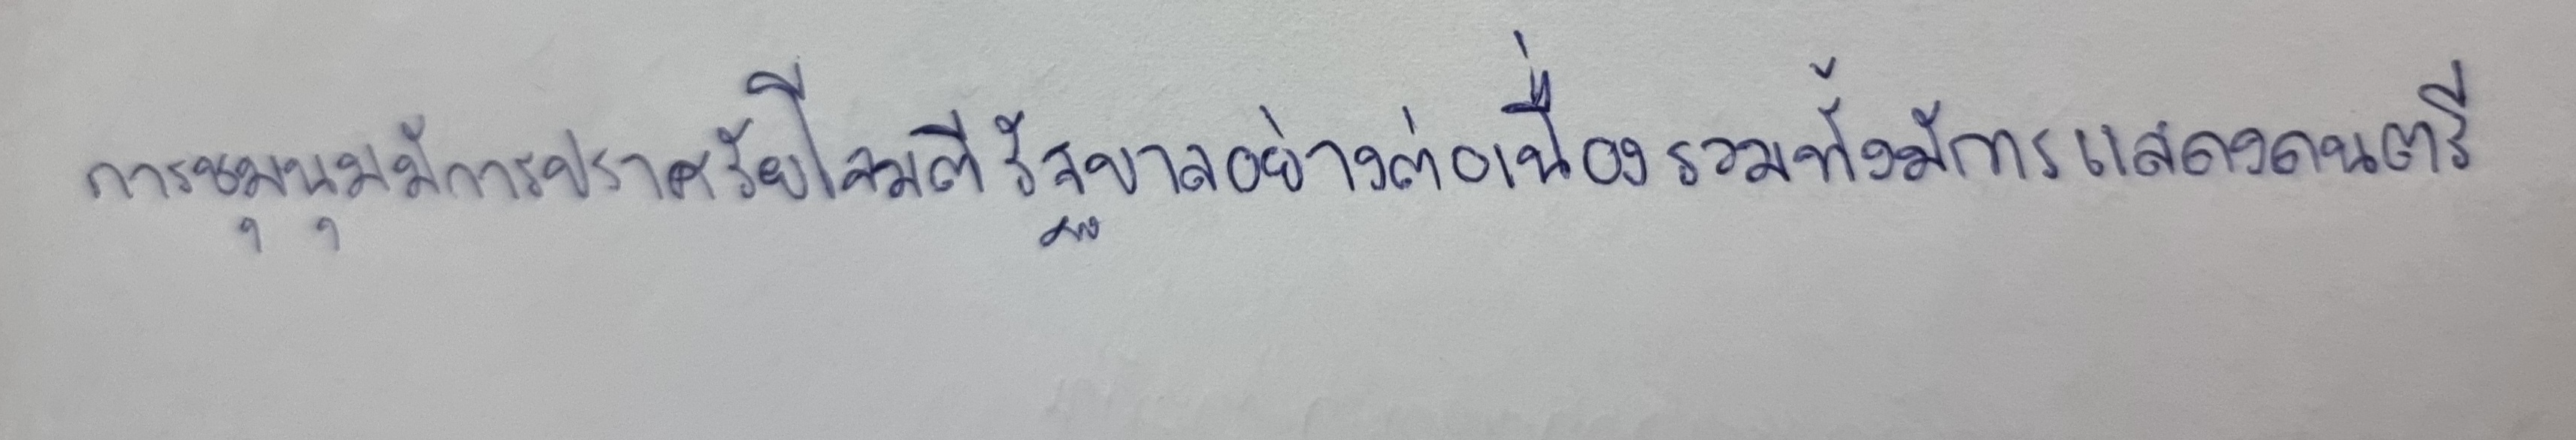
การชุมนุมมีการปราศรัยโจมตีรัฐบาลอย่างต่อเนื่องรวมทั้งมีการแสดงดนตรี